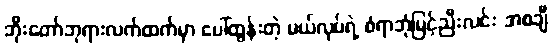
ဘိုးတော်ဘုရားလက်ထက်မှာ ပေါ်ထွန်းတဲ့ မယ်လုပ်ရဲ့ စံရာဘုံမြင့်ညီးလင်း အစချီ